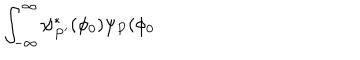
\int _ { - \infty } ^ { \infty } \psi _ { P ^ { \prime } } ^ { * } ( \phi _ { 0 } ) \psi _ { P } ( \phi _ { 0 }